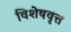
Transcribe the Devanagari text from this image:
विशेषवृत्त